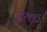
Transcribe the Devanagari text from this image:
उत्कृ